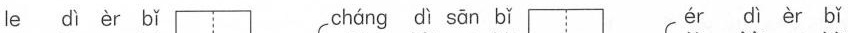
le dì èr bǐ cháng dì sān bǐ ér dì èr bǐ